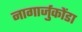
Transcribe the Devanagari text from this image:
नागार्जुकोंडा